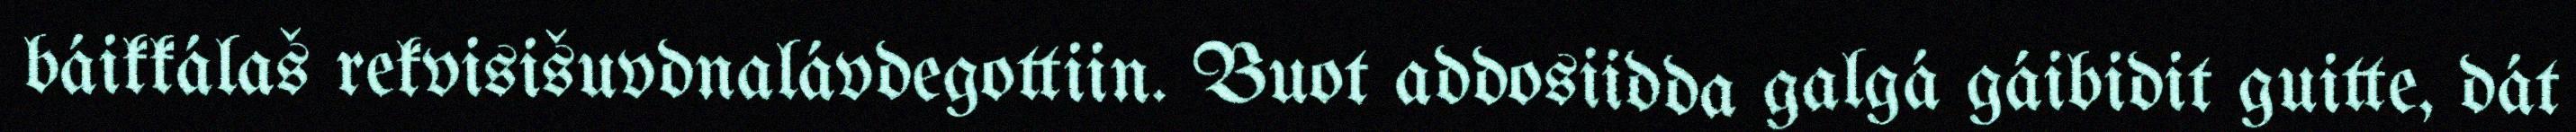
báikkálaš rekvisišuvdnalávdegottiin. Buot addosiidda galgá gáibidit guitte, dát